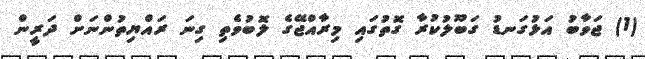
(1) ޖަވާބު އަޅުގަނޑު ގަބޫލުކުރާ ގޮތުގައި މިރާއްޖޭގެ ލޮބުވެތި ގިނަ ރައްޔިތުންނަށް ދަރީން